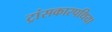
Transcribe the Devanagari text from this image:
ट्रांसकारपथिया